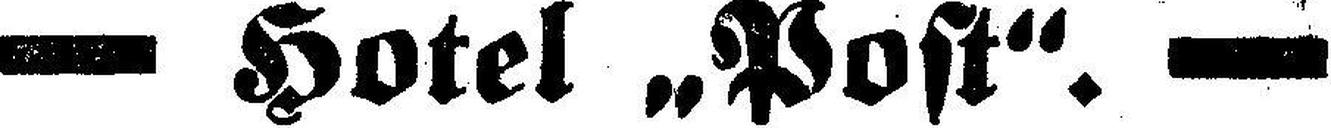
— Hotel „Post“. —